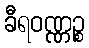
ခီရဝဏ္ဏဉ္စ